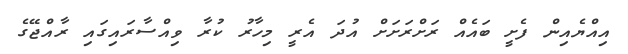
އިއްޔެއިން ފެށީ ބައެއް ރަށްރަށަށް އުދަ އެރީ މިހާރު ކުރާ ވިއްސާރައިގައި ރާއްޖޭގެ